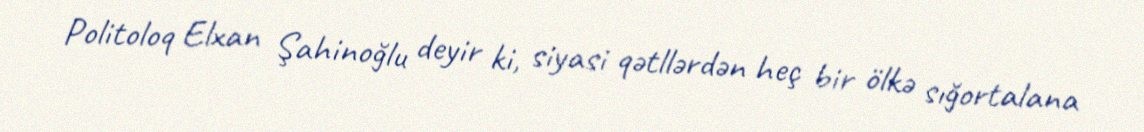
Politoloq Elxan Şahinoğlu deyir ki, siyasi qətllərdən heç bir ölkə sığortalana